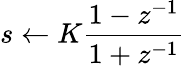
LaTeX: s\leftarrow K{\frac{1-z^{-1}}{1+z^{-1}}}